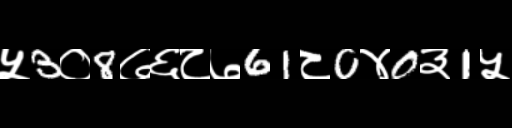
Text: ५3०8७६८७61८0४0३1५